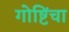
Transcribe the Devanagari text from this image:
गोष्टिंचा